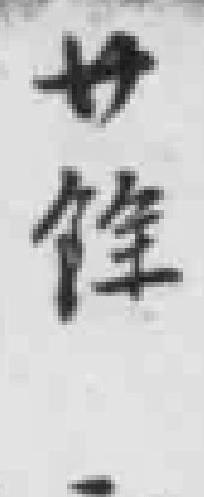
廿餘